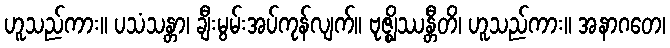
ဟူသည်ကား။ ပသံသန္တာ၊ ချီးမွမ်းအပ်ကုန်လျက်။ ဗုဇ္ဈိဿန္တီတိ၊ ဟူသည်ကား။ အနာဂတေ၊